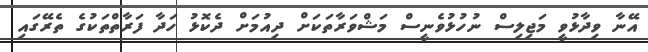
އޭނާ ވިދާޅުވީ މަޖިލިސް ނުހުޅުވެނީސް މަޝްވަރާތަކަށް ދިއުމަށް ދެކޮޅު ހަދާ ފަރާތްތަކުގެ ތެރޭގައި